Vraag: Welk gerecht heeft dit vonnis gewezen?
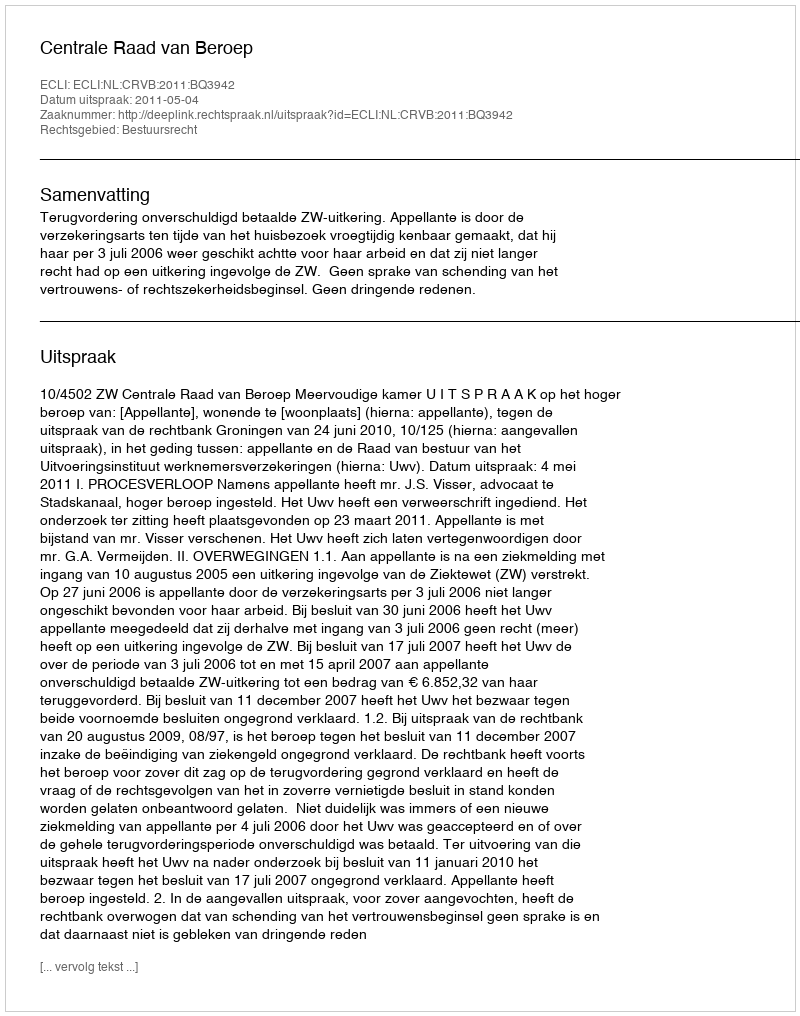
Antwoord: Centrale Raad van Beroep